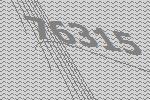
76315